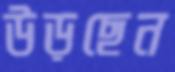
উড়ছেন